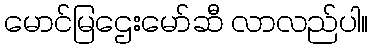
မောင်မြဌေးမော်ဆီ လာလည်ပါ။